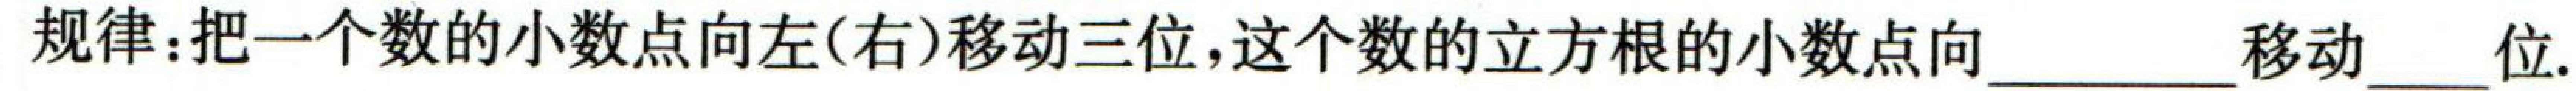
规律:把一个数的小数点向左(右)移动三位,这个数的立方根的小数点向  移动  位.